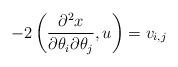
\begin{align*}-2\left( \frac{\partial^{2}x}{\partial\theta_{i}\partial\theta_{j}},u\right)=v_{i,j} \end{align*}